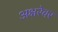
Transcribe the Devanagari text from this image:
अक्षरेवर